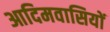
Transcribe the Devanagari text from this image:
आदिमवासियों